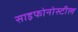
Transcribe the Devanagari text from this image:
साइफोनोस्टील